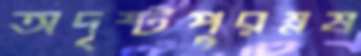
অদৃষ্টপুরম্নষ